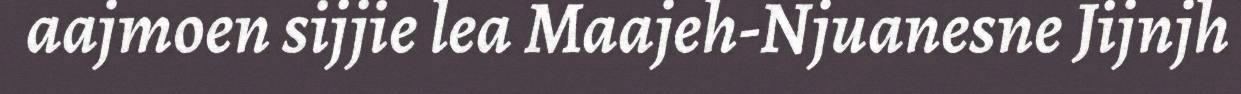
aajmoen sijjie lea Maajeh-Njuanesne Jijnjh